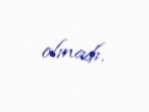
olmadı.